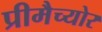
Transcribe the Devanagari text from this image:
प्रीमैच्योर